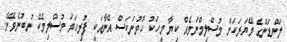
ލަންޑަންގެ މޭޔަރަކަށް މުސްލިމްނަމެއް ކިޔާ މީހަކު ހޮވުނަކަސް އޭނާއަކީ ފުރިހަމަ މުސްލިމެކޭ ނުބުނެވޭނެ.